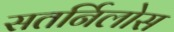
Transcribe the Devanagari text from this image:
सतर्निलोस